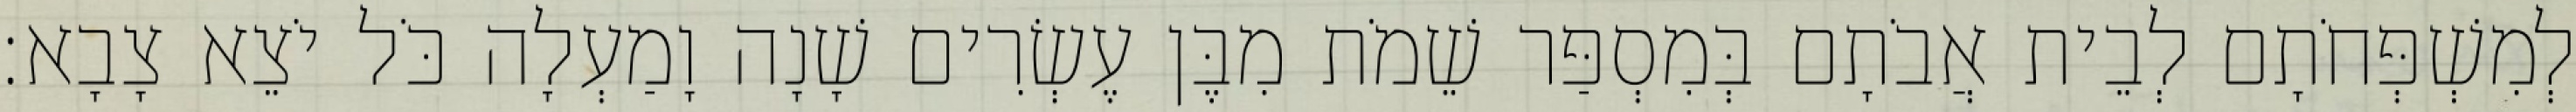
לְמִשְׁפְּחֹתָם לְבֵית אֲבֹתָם בְּמִסְפַּר שֵׁמֹת מִבֶּן עֶשְׂרִים שָׁנָה וָמַעְלָה כֹּל יֹצֵא צָבָא׃